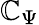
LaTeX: \mathbb{C}_{\Psi}